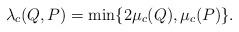
LaTeX: \begin{align*} \lambda_c(Q,P)=\min \{ 2\mu_c(Q), \mu_c(P) \}. \end{align*}